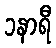
၁နာရီ